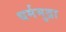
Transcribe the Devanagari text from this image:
धर्ममुद्रा